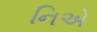
નિએ